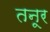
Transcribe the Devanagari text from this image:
तनूर